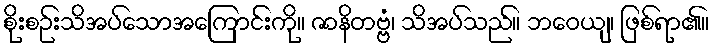
စိုးစဉ်းသိအပ်သောအကြောင်းကို။ ဇာနိတဗ္ဗံ၊ သိအပ်သည်။ ဘဝေယျ၊ ဖြစ်ရာ၏။